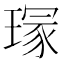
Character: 𤧽